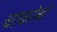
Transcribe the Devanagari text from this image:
चाकोबो